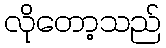
လိုတော့သည်